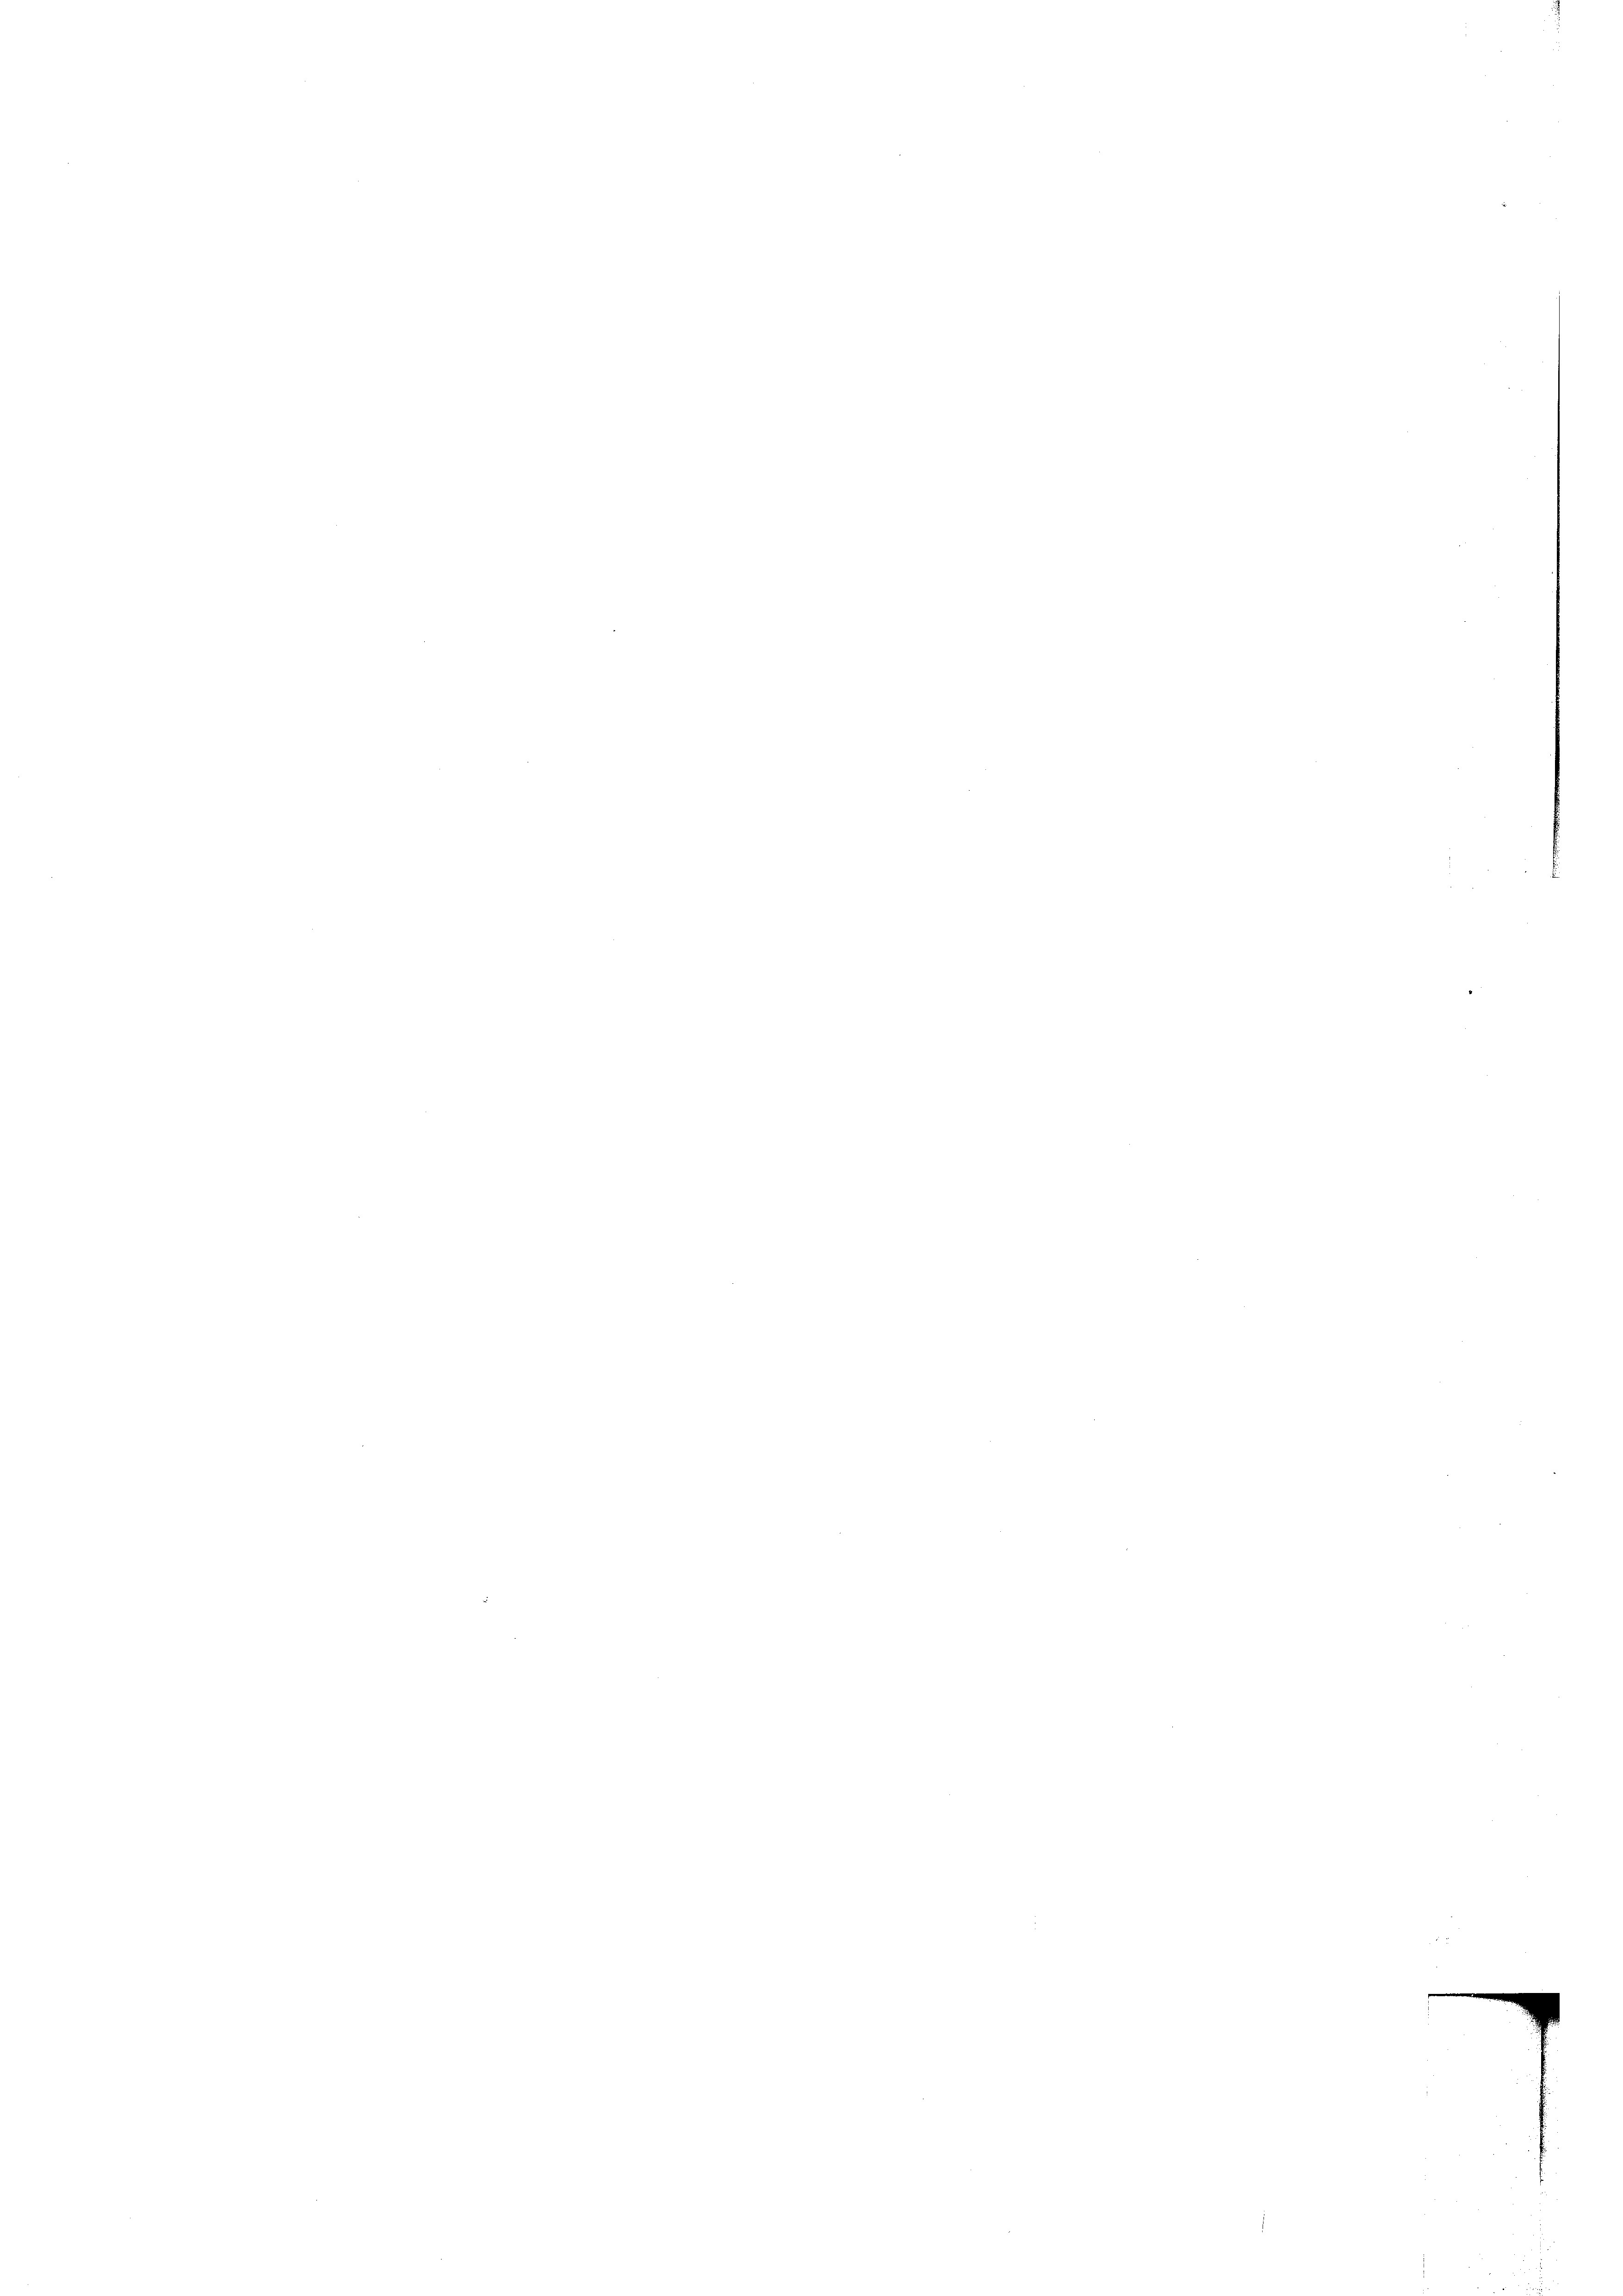
e
.